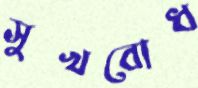
সুখবোধ